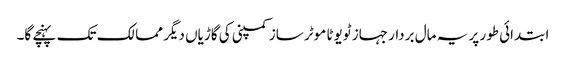
ابتدائی طور پر یہ مال بردار جہاز ٹویوٹا موٹر ساز کمپنی کی گاڑیاں دیگر ممالک تک پہنچے گا۔